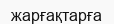
жарғақтарға